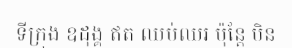
ទីក្រុង ឧដុង្គ ឥត ឈប់ឈរ ប៉ុន្តែ មិន